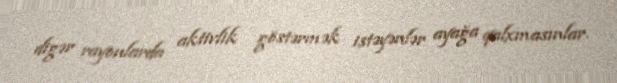
digər rayonlarda aktivlik göstərmək istəyənlər ayağa qalxmasınlar.